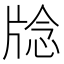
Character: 𪺥